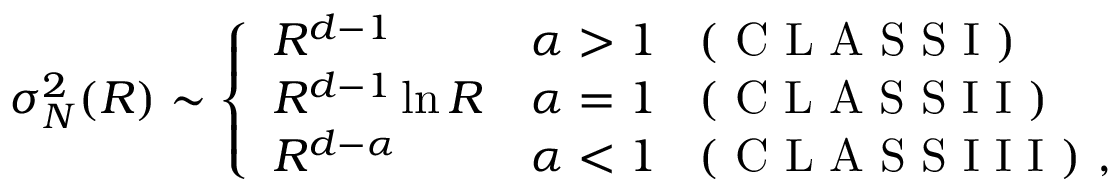
\sigma _ { N } ^ { 2 } ( R ) \sim \left\{ \begin{array} { l l } { R ^ { d - 1 } } & { \alpha > 1 \; \; \mathrm { ~ ( ~ C ~ L ~ A ~ S ~ S ~ I ~ ) ~ } } \\ { R ^ { d - 1 } \ln R } & { \alpha = 1 \; \; \mathrm { ~ ( ~ C ~ L ~ A ~ S ~ S ~ I ~ I ~ ) ~ } } \\ { R ^ { d - \alpha } } & { \alpha < 1 \; \; \mathrm { ~ ( ~ C ~ L ~ A ~ S ~ S ~ I ~ I ~ I ~ ) ~ } , } \end{array} \right.